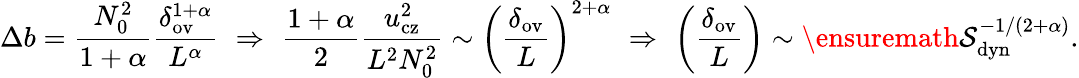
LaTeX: \Delta b=\frac{N_{0}^{2}}{1+\alpha}\frac{\delta_{\mathrm{ov}}^{1+\alpha}}{L^{\alpha}}\, \, \Rightarrow\, \, \frac{1+\alpha}{2}\frac{u_{\mathrm{cz}}^{2}}{L^{2}N_{0}^{2}}\sim\left(\frac{\delta_{\mathrm{ov}}}{L}\right)^{2+\alpha}\, \, \Rightarrow\, \, \left(\frac{\delta_{\mathrm{ov}}}{L}\right)\sim\ensuremath{\mathcal{S}}_{\mathrm{dyn}}^{-1/(2+\alpha)}.